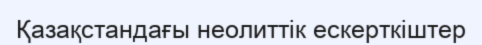
Қазақстандағы неолиттік ескерткіштер